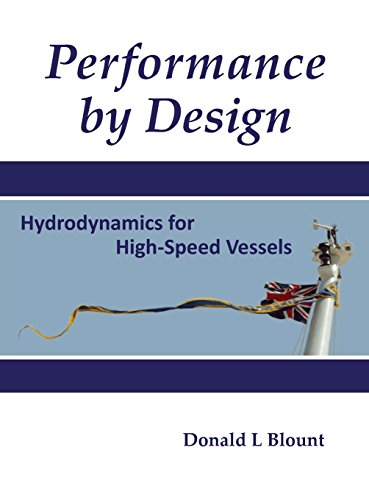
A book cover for Performance by Design: Hydrodynamics for High-Speed Vessels; Donald L Blount; Engineering & Transportation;